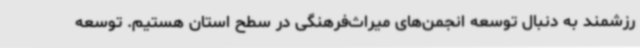
رزشمند به دنبال توسعه انجمن‌های میراث‌فرهنگی در سطح استان هستیم. توسعه